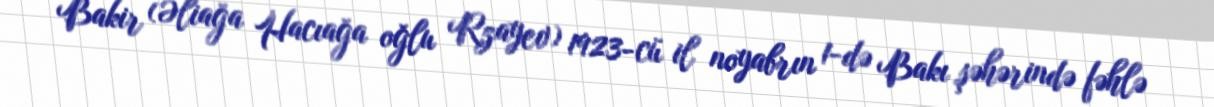
Bakir (Əliağa Hacıağa oğlu Rzayev) 1923-cü il noyabrın 1-də Bakı şəhərində fəhlə